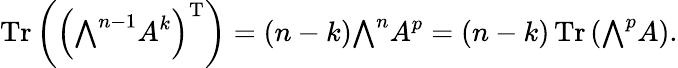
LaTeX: \operatorname{Tr}\left(\left({\textstyle\bigwedge}^{n-1}A^{k}\right)^{\mathrm{T}}\right)=(n-k){\textstyle\bigwedge}^{n}A^{p}=(n-k)\operatorname{Tr}\left({\textstyle\bigwedge}^{p}A\right).